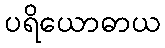
ပရိယောဓာယ